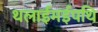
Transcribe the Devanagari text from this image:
थलाईमईपथि